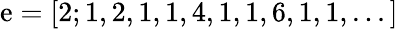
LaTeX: \mathrm{e}=[2;1,2,1,1,4,1,1,6,1,1,...]